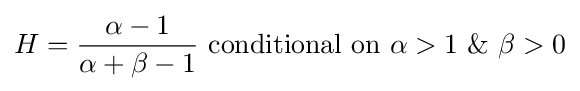
H={\frac {\alpha -1}{\alpha +\beta -1}}{\text{ conditional on }}\alpha >1\,\,\&\,\,\beta >0